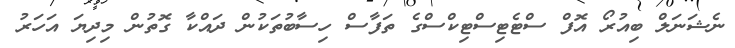
ނެޝަނަލް ބިއުރޯ އޮފް ސްޓެޓިސްޓިކްސްގެ ތަފާސް ހިސާބުތަކުން ދައްކާ ގޮތުން މިދިޔަ އަހަރު